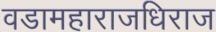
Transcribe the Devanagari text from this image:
वडामहाराजधिराज